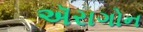
ઍરાગોન